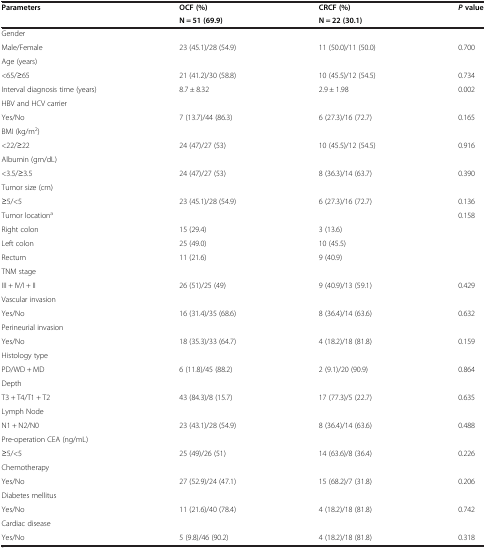
<table><thead><tr><td><b>Parameters</b></td><td><b>OCF (%)</b></td><td><b>CRCF (%)</b></td><td><b><i>P </i>value</b></td></tr><tr><td><b> </b></td><td><b>N = 51 (69.9)</b></td><td><b>N = 22 (30.1)</b></td><td><b> </b></td></tr></thead><tbody><tr><td>Gender</td><td> </td><td> </td><td> </td></tr><tr><td>Male/Female</td><td>23 (45.1)/28 (54.9)</td><td>11 (50.0)/11 (50.0)</td><td>0.700</td></tr><tr><td>Age (years)</td><td> </td><td> </td><td> </td></tr><tr><td>&lt;65/≥65</td><td>21 (41.2)/30 (58.8)</td><td>10 (45.5)/12 (54.5)</td><td>0.734</td></tr><tr><td>Interval diagnosis time (years)</td><td>8.7 ± 8.32</td><td>2.9 ± 1.98</td><td>0.002</td></tr><tr><td>HBV and HCV carrier</td><td> </td><td> </td><td> </td></tr><tr><td>Yes/No</td><td>7 (13.7)/44 (86.3)</td><td>6 (27.3)/16 (72.7)</td><td>0.165</td></tr><tr><td>BMI (kg/m<sup>2</sup>)</td><td> </td><td> </td><td> </td></tr><tr><td>&lt;22/≥22</td><td>24 (47)/27 (53)</td><td>10 (45.5)/12 (54.5)</td><td>0.916</td></tr><tr><td>Albumin (gm/dL)</td><td> </td><td> </td><td> </td></tr><tr><td>&lt;3.5/≥3.5</td><td>24 (47)/27 (53)</td><td>8 (36.3)/14 (63.7)</td><td>0.390</td></tr><tr><td>Tumor size (cm)</td><td> </td><td> </td><td> </td></tr><tr><td>≥5/&lt;5</td><td>23 (45.1)/28 (54.9)</td><td>6 (27.3)/16 (72.7)</td><td>0.136</td></tr><tr><td>Tumor location<sup>a</sup></td><td> </td><td> </td><td>0.158</td></tr><tr><td>Right colon</td><td>15 (29.4)</td><td>3 (13.6)</td><td> </td></tr><tr><td>Left colon</td><td>25 (49.0)</td><td>10 (45.5)</td><td> </td></tr><tr><td>Rectum</td><td>11 (21.6)</td><td>9 (40.9)</td><td> </td></tr><tr><td>TNM stage</td><td> </td><td> </td><td> </td></tr><tr><td>III + IV/I + II</td><td>26 (51)/25 (49)</td><td>9 (40.9)/13 (59.1)</td><td>0.429</td></tr><tr><td>Vascular invasion</td><td> </td><td> </td><td> </td></tr><tr><td>Yes/No</td><td>16 (31.4)/35 (68.6)</td><td>8 (36.4)/14 (63.6)</td><td>0.632</td></tr><tr><td>Perineurial invasion</td><td> </td><td> </td><td> </td></tr><tr><td>Yes/No</td><td>18 (35.3)/33 (64.7)</td><td>4 (18.2)/18 (81.8)</td><td>0.159</td></tr><tr><td>Histology type</td><td> </td><td> </td><td> </td></tr><tr><td>PD/WD + MD</td><td>6 (11.8)/45 (88.2)</td><td>2 (9.1)/20 (90.9)</td><td>0.864</td></tr><tr><td>Depth</td><td> </td><td> </td><td> </td></tr><tr><td>T3 + T4/T1 + T2</td><td>43 (84.3)/8 (15.7)</td><td>17 (77.3)/5 (22.7)</td><td>0.635</td></tr><tr><td>Lymph Node</td><td> </td><td> </td><td> </td></tr><tr><td>N1 + N2/N0</td><td>23 (43.1)/28 (54.9)</td><td>8 (36.4)/14 (63.6)</td><td>0.488</td></tr><tr><td>Pre-operation CEA (ng/mL)</td><td> </td><td> </td><td> </td></tr><tr><td>≥5/&lt;5</td><td>25 (49)/26 (51)</td><td>14 (63.6)/8 (36.4)</td><td>0.226</td></tr><tr><td>Chemotherapy</td><td> </td><td> </td><td> </td></tr><tr><td>Yes/No</td><td>27 (52.9)/24 (47.1)</td><td>15 (68.2)/7 (31.8)</td><td>0.206</td></tr><tr><td>Diabetes mellitus</td><td> </td><td> </td><td> </td></tr><tr><td>Yes/No</td><td>11 (21.6)/40 (78.4)</td><td>4 (18.2)/18 (81.8)</td><td>0.742</td></tr><tr><td>Cardiac disease</td><td> </td><td> </td><td> </td></tr><tr><td>Yes/No</td><td>5 (9.8)/46 (90.2)</td><td>4 (18.2)/18 (81.8)</td><td>0.318</td></tr></tbody></table>